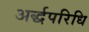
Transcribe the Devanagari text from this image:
अर्द्धपरिधि